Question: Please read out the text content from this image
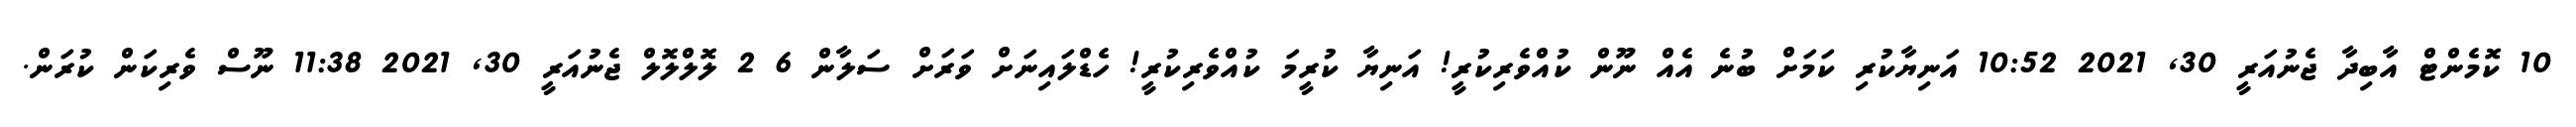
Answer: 10 ކޮމެންޓް އާބިދާ ޖެނުއަރީ 30, 2021 10:52 އަނިޔާކުރި ކަމަށް ބުނެ އެއް ނޫން ކުއްވެރިކުރީ! އަނިޔާ ކުރީމަ ކުއްވެރިކުރީ! ހެޑްލައިނަށް ވަރަށް ސަލާން 6 2 ލޮލްލޮލް ޖެނުއަރީ 30, 2021 11:38 ނޫސް ވެރިކަން ކުރަން.